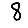
Digit: 8